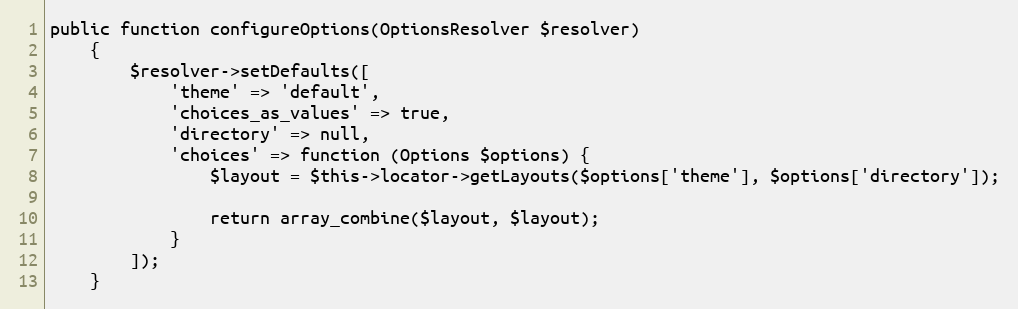
Language: PHP
public function configureOptions(OptionsResolver $resolver)
    {
        $resolver->setDefaults([
            'theme' => 'default',
            'choices_as_values' => true,
            'directory' => null,
            'choices' => function (Options $options) {
                $layout = $this->locator->getLayouts($options['theme'], $options['directory']);

                return array_combine($layout, $layout);
            }
        ]);
    }